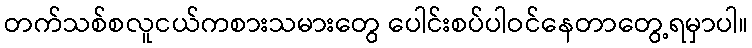
တက်သစ်စလူငယ်ကစားသမားတွေ ပေါင်းစပ်ပါဝင်နေတာတွေ့ရမှာပါ။